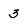
Character: 3